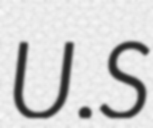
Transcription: U.S